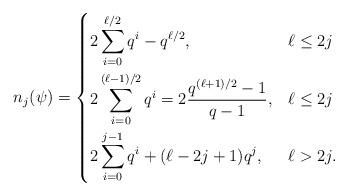
LaTeX: \begin{align*} n_{j}(\psi) = \begin{dcases} 2\sum_{i=0}^{\ell/2} q^i - q^{\ell/2}, & \ell\leq 2j \\ 2\sum_{i=0}^{(\ell-1)/2} q^i = 2\frac{q^{(\ell+1)/2} - 1}{q-1}, & \ell\leq 2j \\ 2\sum_{i=0}^{j-1} q^i + (\ell-2j+1)q^j, & \ell > 2j . \end{dcases}\end{align*}